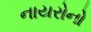
નાયરોનો